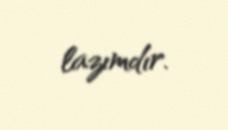
lazımdır.